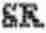
SR